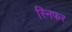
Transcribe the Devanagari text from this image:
स्निफर